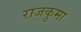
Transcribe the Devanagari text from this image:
राजकुमा